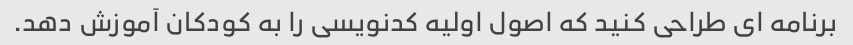
برنامه ای طراحی کنید که اصول اولیه کدنویسی را به کودکان آموزش دهد.